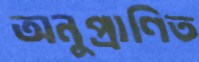
অনুপ্রাণিত